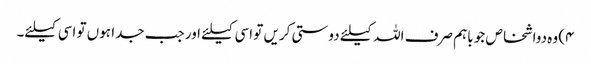
۴) وہ دواشخاص جو باہم صرف اللہ کیلئے دوستی کریں تو اسی کیلئے اور جب جدا ہوں تو اسی کیلئے۔